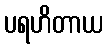
ပရဟိတာယ